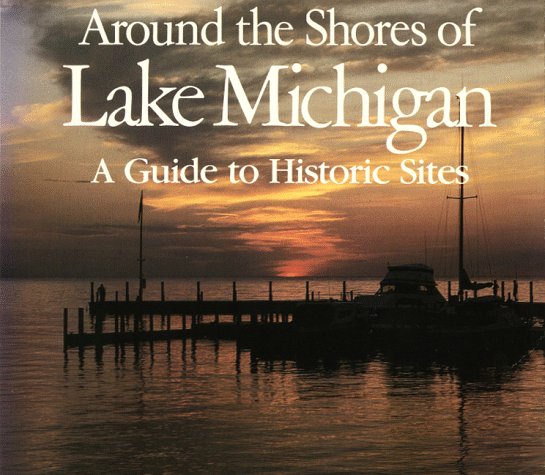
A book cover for Around the Shores of Lake Michigan: A Guide to Historic Sites; Margaret Beattie Bogue; Travel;